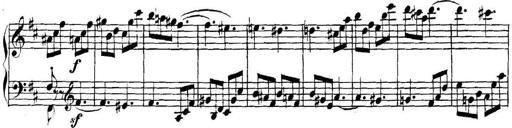
Title: Collected Piano Sonatas
Composer: Muzio Clementi